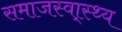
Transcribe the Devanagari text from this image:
समाजस्वा्स्थ्य